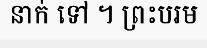
នាក់ ទៅ ។ ព្រះបរម